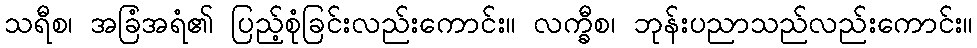
သရီစ၊ အခြံအရံ၏ ပြည့်စုံခြင်းလည်းကောင်း။ လက္ခီစ၊ ဘုန်းပညာသည်လည်းကောင်း။